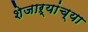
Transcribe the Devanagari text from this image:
शेजाऱ्यांच्या